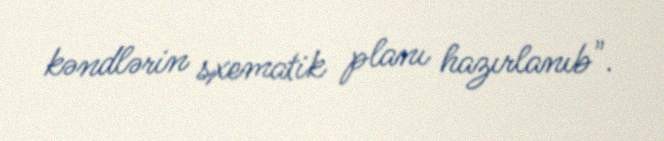
kəndlərin sxematik planı hazırlanıb".